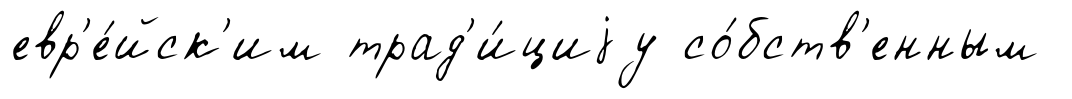
евр'е́йск'им трад'и́циjу со́бств'енным